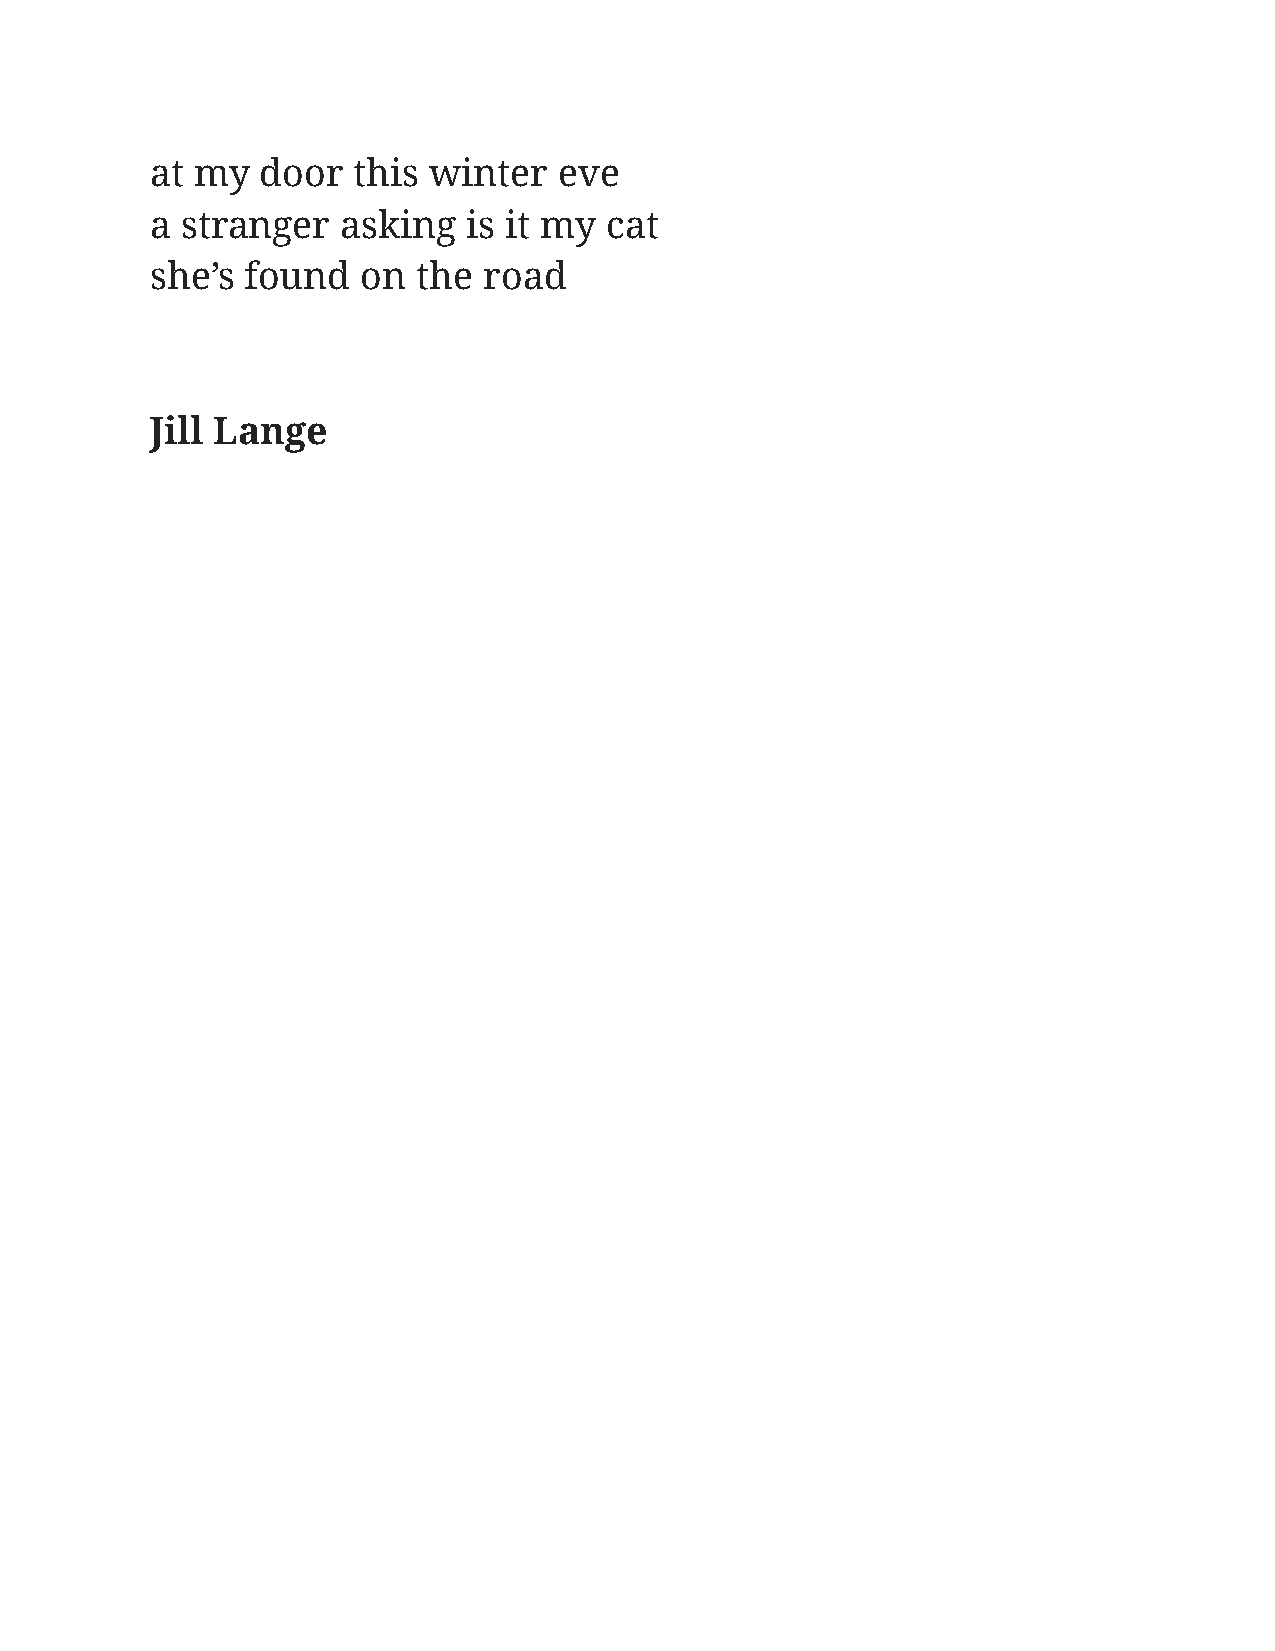
at my  door  this winter   eve
 a stranger   asking  is it my cat
 she’s found   on  the road
 Jill Lange